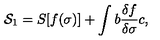
{ \cal S } _ { 1 } = S [ f ( \sigma ) ] + \int b \frac { \delta f } { \delta \sigma } c ,